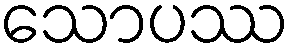
သောပဿ